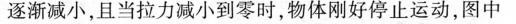
逐渐减小，且当拉力减小到零时，物体刚好停止运动，图中